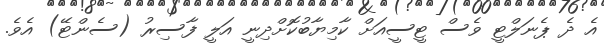
އެ ދެ ޕެނަލްޓީ ވެސް ޓީސީއަށް ކާމިޔާބުކޮށްދިނީ އަލީ ފާސިރު (ސެންޓޭ) އެވެ.